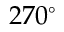
2 7 0 ^ { \circ }